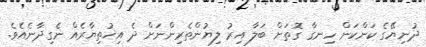
ދުނިޔޭގެ ކަންކަން ހިނގާ ގޮތަށް ބަލާ އިރު ލިޔުންތެރިންނަށް ދެ އިޚުތިޔާރެއް ނެގިދާނެއެވެ.